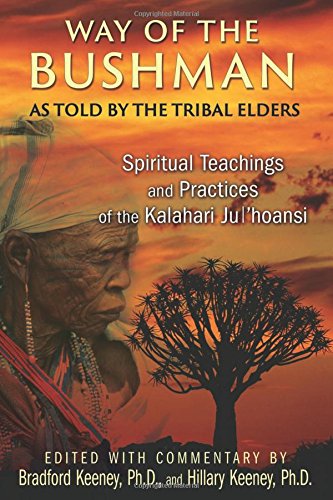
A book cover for Way of the Bushman: Spiritual Teachings and Practices of the Kalahari Ju/'hoansi; Religion & Spirituality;